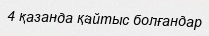
4 қазанда қайтыс болғандар